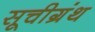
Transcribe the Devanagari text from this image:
सूचीग्रंथ